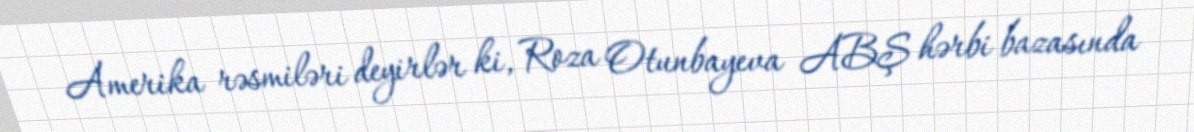
Amerika rəsmiləri deyirlər ki, Roza Otunbayeva ABŞ hərbi bazasında